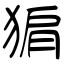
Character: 猏